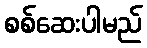
စစ်ဆေးပါမည်